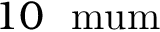
1 0 ~ \mathrm { \ m u m }